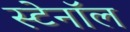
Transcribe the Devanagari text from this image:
स्टेनॉल